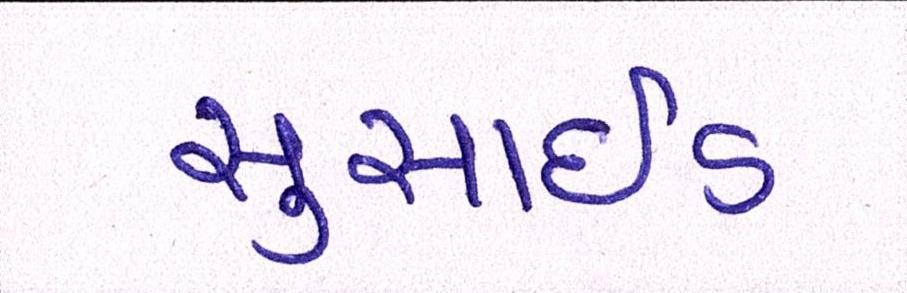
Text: સુસાઈડ